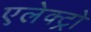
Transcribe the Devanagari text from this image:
एलेक्ट्रो